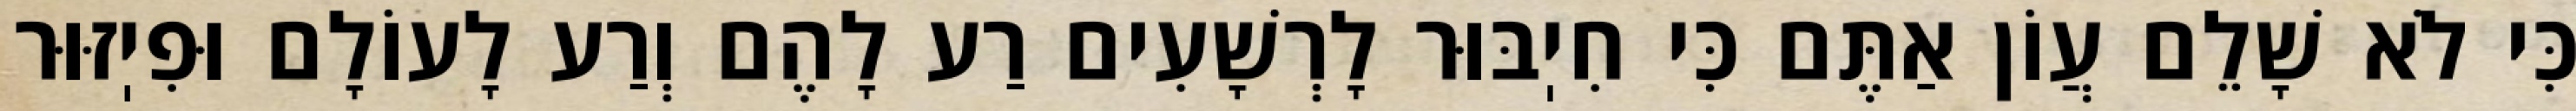
כִּי לֹא שָׁלֵם עֲוֹן אַתֶּם כִּי חִיֽבּוּר לָרְשָׁעִים רַע לָהֶם וְרַע לָעוֹלָם וּפִיֽזּוּר